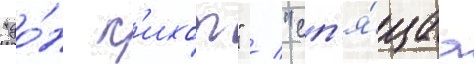
"до́н к'ихот" / "сп'я́щаа